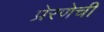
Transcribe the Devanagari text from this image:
प्रेरणेची